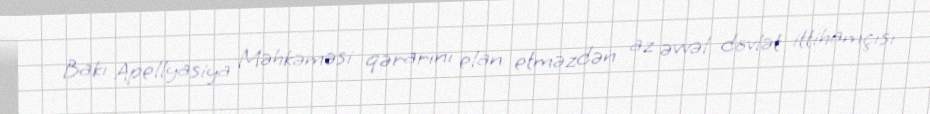
Bakı Apellyasiya Məhkəməsi qərarını elan etməzdən az əvvəl dövlət ittihamçısı